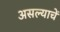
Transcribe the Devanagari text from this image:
असल्याचें